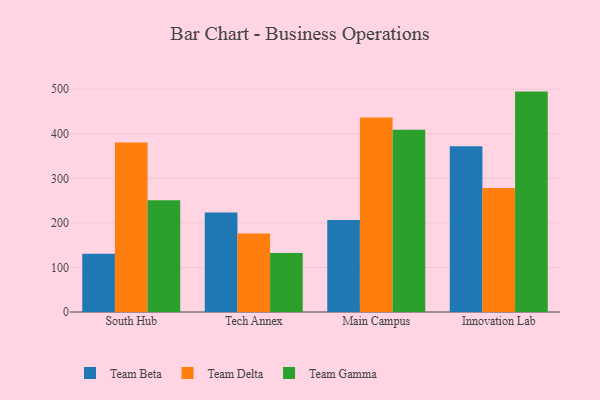
{"axis": {"x": "Campus", "y": "Latency (ms)"}, "legend": ["Team Beta", "Team Delta", "Team Gamma"], "data": [{"x": "South Hub", "y": 130.6, "type": "Team Beta"}, {"x": "South Hub", "y": 380.4, "type": "Team Delta"}, {"x": "South Hub", "y": 250.5, "type": "Team Gamma"}, {"x": "Tech Annex", "y": 223.5, "type": "Team Beta"}, {"x": "Tech Annex", "y": 176.1, "type": "Team Delta"}, {"x": "Tech Annex", "y": 132.2, "type": "Team Gamma"}, {"x": "Main Campus", "y": 206.4, "type": "Team Beta"}, {"x": "Main Campus", "y": 436.5, "type": "Team Delta"}, {"x": "Main Campus", "y": 409.1, "type": "Team Gamma"}, {"x": "Innovation Lab", "y": 371.7, "type": "Team Beta"}, {"x": "Innovation Lab", "y": 278.0, "type": "Team Delta"}, {"x": "Innovation Lab", "y": 494.6, "type": "Team Gamma"}]}